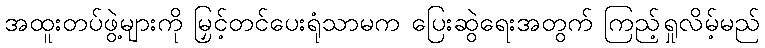
အထူးတပ်ဖွဲ့များကို မြှင့်တင်ပေးရုံသာမက ပြေးဆွဲရေးအတွက် ကြည့်ရှုလိမ့်မည်